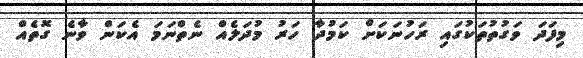
މިފަދަ ވަގުތުތަކުގައި ރަހުނަކަށް ކަމުދާ ހަރު މުދަލެއް ނެތްނަމަ އެކަން ވާނެ ގޮތެއް